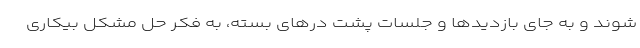
شوند و به جای بازدیدها و جلسات پشت درهای بسته، به فکر حل مشکل بیکاری